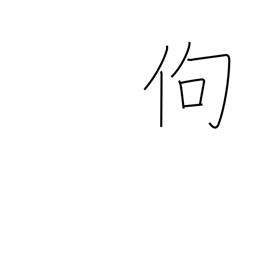
Meaning: stooped over